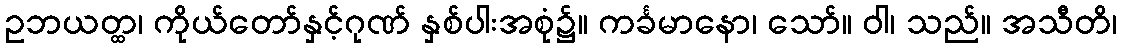
ဥဘယတ္ထ၊ ကိုယ်တော်နှင့်ဂုဏ် နှစ်ပါးအစုံ၌။ ကင်္ခမာနော၊ သော်။ ဝါ၊ သည်။ အသီတိ၊